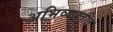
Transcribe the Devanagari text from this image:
अभिव्यक्तीत